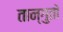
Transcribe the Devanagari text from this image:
तान्गुतों